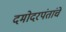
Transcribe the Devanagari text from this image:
दमोदरपंतांचे